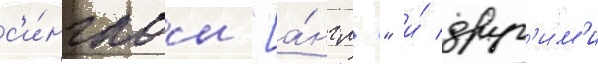
с'и́нглом "[а́нгл." и́ друг'и́м'и